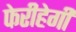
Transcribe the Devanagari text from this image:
फेरीहेगी